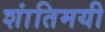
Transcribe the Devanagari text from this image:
शांतिमयी